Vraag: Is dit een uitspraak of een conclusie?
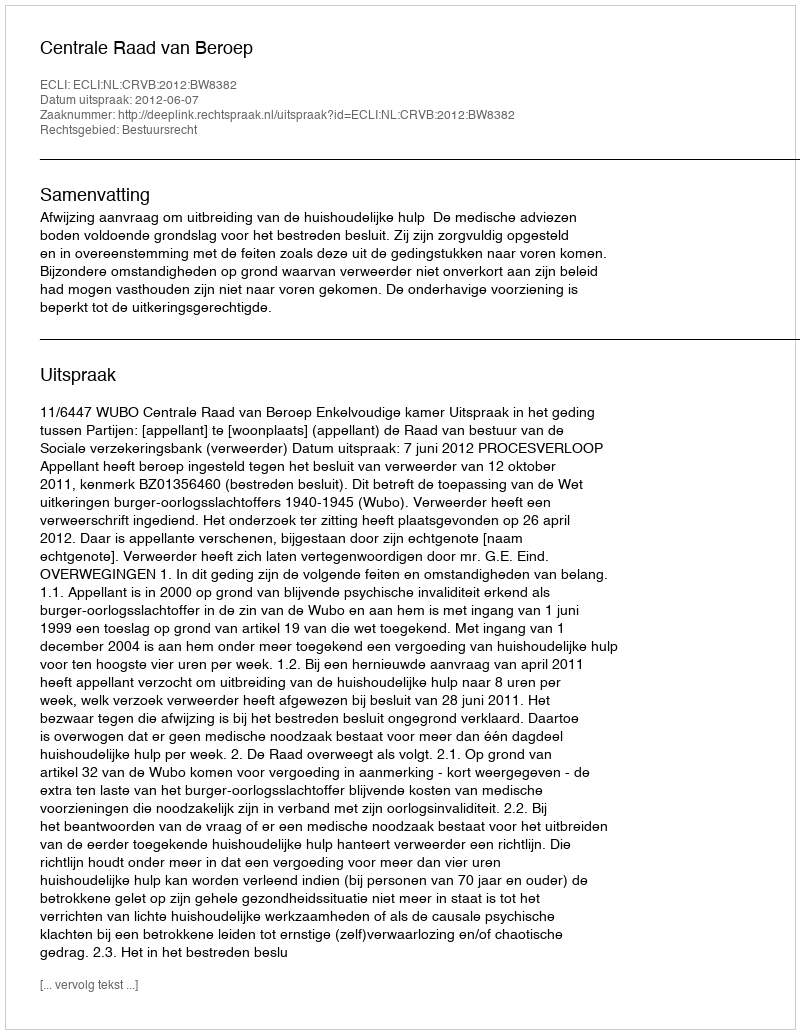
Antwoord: Uitspraak